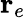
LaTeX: \mathbf{r}_{e}